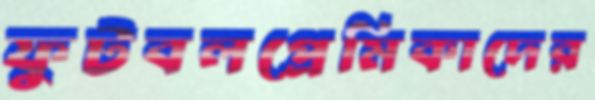
ফুটবলপ্রেমিকাদের